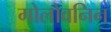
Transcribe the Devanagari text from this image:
गोलोवनिन